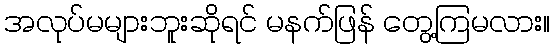
အလုပ်မများဘူးဆိုရင် မနက်ဖြန် တွေ့ကြမလား။